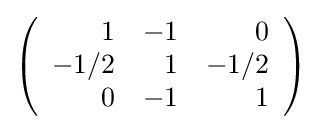
{\textstyle \left({\begin{array}{rrr}1&-1&0\\-1/2&1&-1/2\\0&-1&1\\\end{array}}\right)}